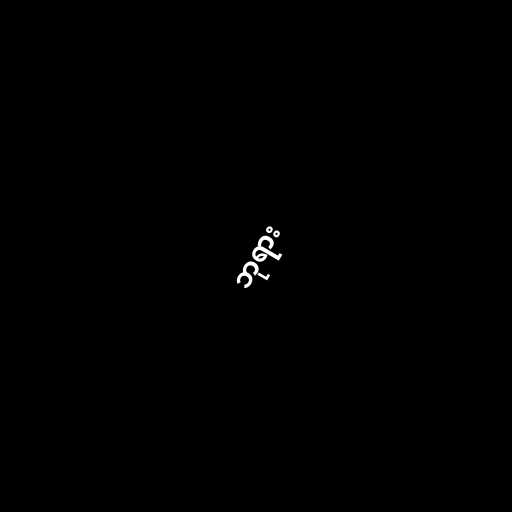
ဘုရား